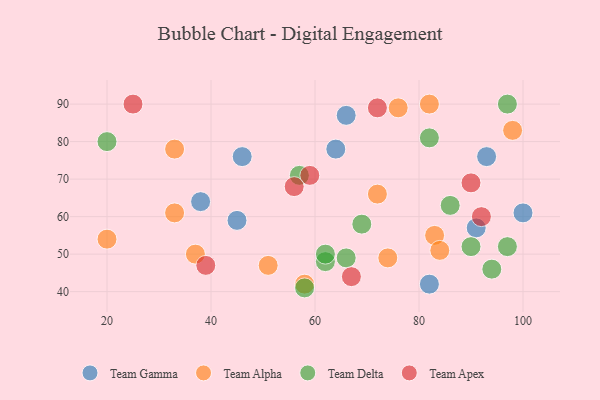
{"axis": {"x": "GDP", "y": "Life Expectancy"}, "legend": ["Team Alpha", "Team Apex", "Team Delta", "Team Gamma"], "data": [{"x": "66", "y": 87, "type": "Team Gamma"}, {"x": "93", "y": 76, "type": "Team Gamma"}, {"x": "38", "y": 64, "type": "Team Gamma"}, {"x": "82", "y": 42, "type": "Team Gamma"}, {"x": "64", "y": 78, "type": "Team Gamma"}, {"x": "45", "y": 59, "type": "Team Gamma"}, {"x": "100", "y": 61, "type": "Team Gamma"}, {"x": "91", "y": 57, "type": "Team Gamma"}, {"x": "46", "y": 76, "type": "Team Gamma"}, {"x": "33", "y": 78, "type": "Team Alpha"}, {"x": "98", "y": 83, "type": "Team Alpha"}, {"x": "76", "y": 89, "type": "Team Alpha"}, {"x": "82", "y": 90, "type": "Team Alpha"}, {"x": "72", "y": 66, "type": "Team Alpha"}, {"x": "74", "y": 49, "type": "Team Alpha"}, {"x": "51", "y": 47, "type": "Team Alpha"}, {"x": "58", "y": 42, "type": "Team Alpha"}, {"x": "83", "y": 55, "type": "Team Alpha"}, {"x": "20", "y": 54, "type": "Team Alpha"}, {"x": "84", "y": 51, "type": "Team Alpha"}, {"x": "33", "y": 61, "type": "Team Alpha"}, {"x": "37", "y": 50, "type": "Team Alpha"}, {"x": "94", "y": 46, "type": "Team Delta"}, {"x": "62", "y": 48, "type": "Team Delta"}, {"x": "97", "y": 90, "type": "Team Delta"}, {"x": "86", "y": 63, "type": "Team Delta"}, {"x": "58", "y": 41, "type": "Team Delta"}, {"x": "20", "y": 80, "type": "Team Delta"}, {"x": "90", "y": 52, "type": "Team Delta"}, {"x": "69", "y": 58, "type": "Team Delta"}, {"x": "82", "y": 81, "type": "Team Delta"}, {"x": "62", "y": 50, "type": "Team Delta"}, {"x": "57", "y": 71, "type": "Team Delta"}, {"x": "97", "y": 52, "type": "Team Delta"}, {"x": "66", "y": 49, "type": "Team Delta"}, {"x": "25", "y": 90, "type": "Team Apex"}, {"x": "59", "y": 71, "type": "Team Apex"}, {"x": "67", "y": 44, "type": "Team Apex"}, {"x": "90", "y": 69, "type": "Team Apex"}, {"x": "56", "y": 68, "type": "Team Apex"}, {"x": "92", "y": 60, "type": "Team Apex"}, {"x": "39", "y": 47, "type": "Team Apex"}, {"x": "72", "y": 89, "type": "Team Apex"}]}